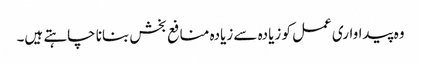
وہ پیداواری عمل کو زیادہ سے زیادہ منافع بخش بنانا چاہتے ہیں۔